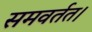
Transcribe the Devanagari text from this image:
समवर्तत।